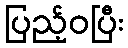
ပြည့်ဝပြီး